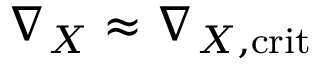
\nabla _ { X } \approx \nabla _ { X , \mathrm { c r i t } }